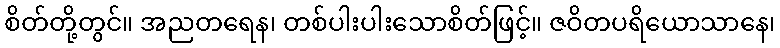
စိတ်တို့တွင်။ အညတရေန၊ တစ်ပါးပါးသောစိတ်ဖြင့်။ ဇဝိတပရိယောသာနေ၊